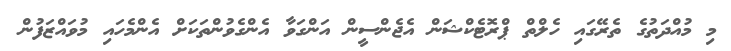
މި މުއްދަތުގެ ތެރޭގައި ހެލްތް ޕްރޮޓެކްޝަން އެޖެންސީން އަންގަވާ އެންގެވުންތަކަށް އެންމެހައި މުވައްޒަފުން